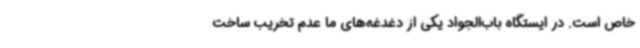
خاص است. در ایستگاه باب‌الجواد یکی از دغدغه‌های ما عدم تخریب ساخت